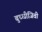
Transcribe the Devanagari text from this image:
बुध्धीजिवी